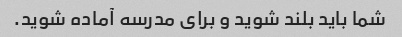
شما باید بلند شوید و برای مدرسه آماده شوید.